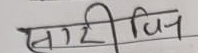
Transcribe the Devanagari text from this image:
सारीदिन